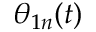
\theta _ { 1 n } ( t )